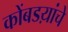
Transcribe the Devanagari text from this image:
कोंबडय़ांचे